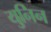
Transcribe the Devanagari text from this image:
युनिन